Indian journal of veterinary science and animal husbandry - Volume 1,
Year: 1931
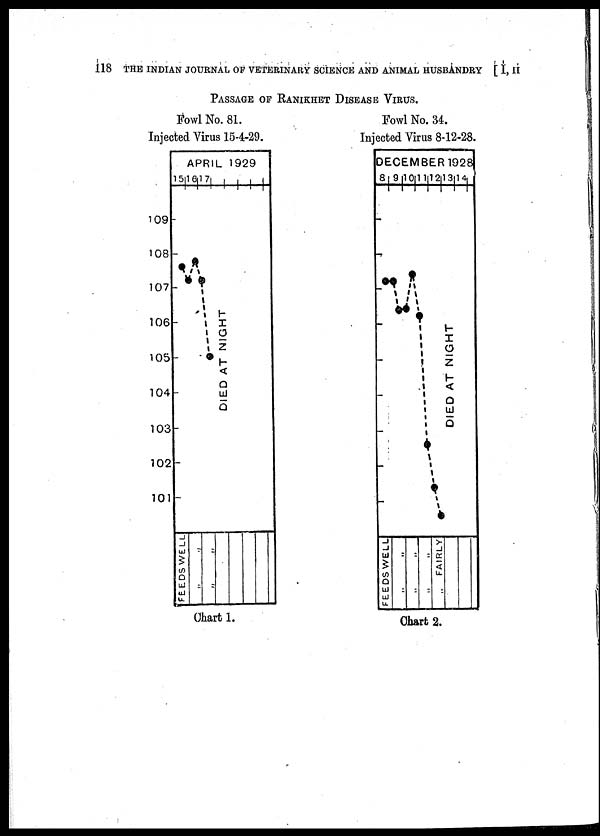
118 THE INDIAN JOURNAL OF VETERINARY SCIENCE AND ANIMAL HUSBANDRY [ I, II
PASSAGE OF RANIKHET DISEASE VIRUS.
Fowl No. 81.
Injected Virus 15-4-29.
Fowl No. 34.
Injected Virus 8-12-28.